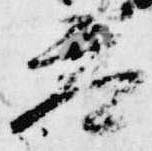
参